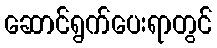
ဆောင်ရွက်ပေးရာတွင်